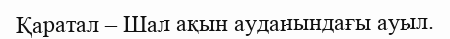
Қаратал – Шал ақын ауданындағы ауыл.